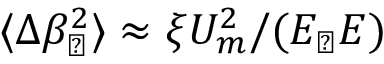
\langle \Delta \beta _ { \perp } ^ { 2 } \rangle \approx \xi U _ { m } ^ { 2 } / ( E _ { \perp } E )